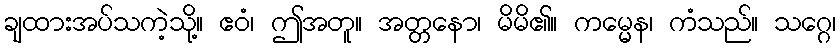
ချထားအပ်သကဲ့သို့။ ဧဝံ၊ ဤအတူ။ အတ္တနော၊ မိမိ၏။ ကမ္မေန၊ ကံသည်။ သဂ္ဂေ၊